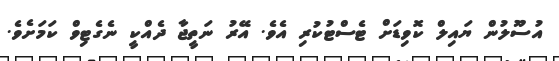
އުސޫލުން ޔައިލް ކޮވިޑަށް ޓެސްޓުކުރި އެވެ. އޭރު ނަތީޖާ ދެއްކީ ނެގެޓިވް ކަމަށެވެ.